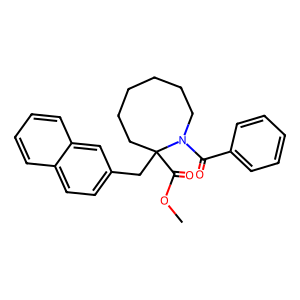
SMILES: COC(=O)C1(Cc2ccc3ccccc3c2)CCCCCCN1C(=O)c1ccccc1
Inhibits HIV replication: No